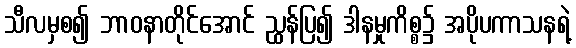
သီလမှစ၍ ဘာဝနာတိုင်အောင် ညွှန်ပြ၍ ဒါနမှုကိစ္စ၌ အပိုပကာသနရဲ့